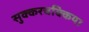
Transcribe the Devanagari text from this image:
सुक्करचक्किया